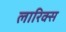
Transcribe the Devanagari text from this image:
लारिक्स